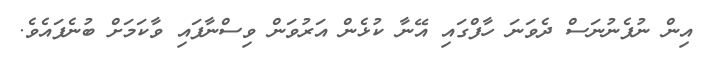
އިން ނުފެނުނަސް ދެވަނަ ހާފްގައި އޭނާ ކުޅެން އަރުވަން ވިސްނާފައި ވާކަމަށް ބުނެފައެވެ.